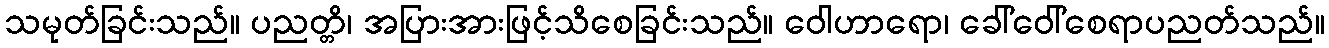
သမုတ်ခြင်းသည်။ ပညတ္တိ၊ အပြားအားဖြင့်သိစေခြင်းသည်။ ဝေါဟာရော၊ ခေါ်ဝေါ်စေရာပညတ်သည်။